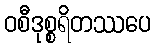
ဝစီဒုစ္စရိတဿပေ